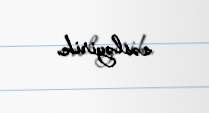
səsləyirik.